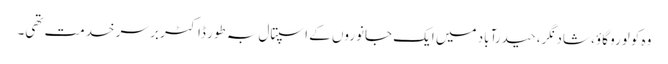
وہ کولورو گاؤ، شاد نگر، حیدرآباد میں ایک جانوروں کے اسپتال بہ طور ڈاکٹر بر سر خدمت تھی۔